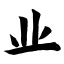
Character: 业